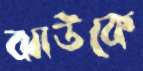
ঝাউকে